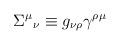
LaTeX: \begin{align*}\Sigma^{\mu}{}_{\nu} \equiv g_{\nu \rho}\gamma^{\rho \mu}\end{align*}